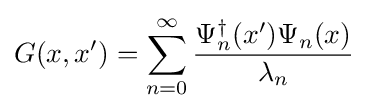
G(x,x')=\sum _{n=0}^{\infty }{\dfrac {\Psi _{n}^{\dagger }(x')\Psi _{n}(x)}{\lambda _{n}}}